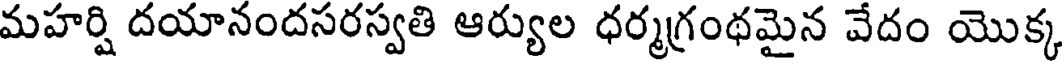
మహర్షి దయానందసరస్వతి ఆర్యుల ధర్మగ్రంథమైన వేదం యొక్క